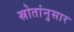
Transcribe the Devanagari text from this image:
स्रोतांनुसार